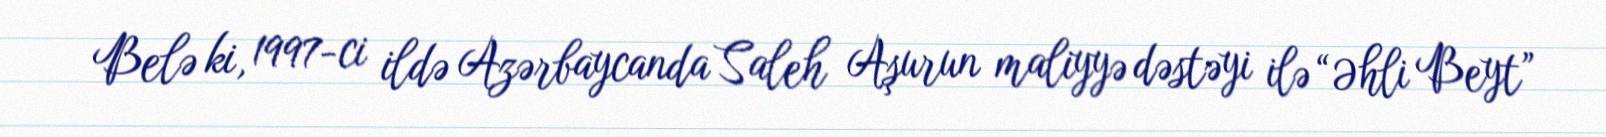
Belə ki, 1997-ci ildə Azərbaycanda Saleh Aşurun maliyyə dəstəyi ilə “Əhli Beyt”